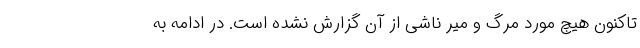
تاکنون هیچ مورد مرگ و میر ناشی از آن گزارش نشده است. در ادامه به